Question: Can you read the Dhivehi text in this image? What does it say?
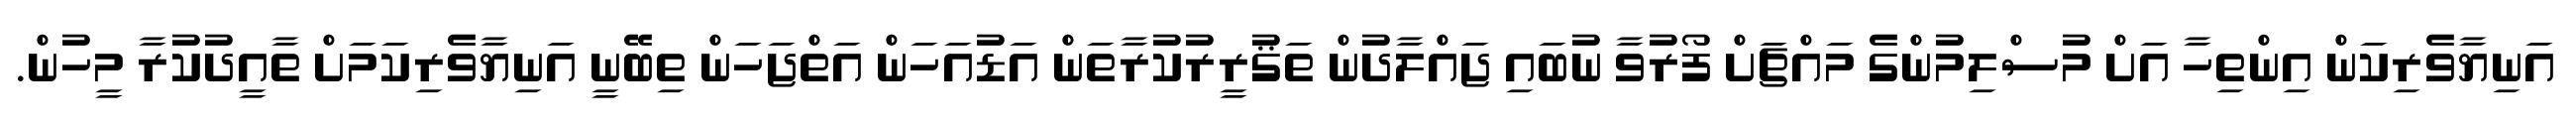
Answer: އަނިޔާވެރިކަން އިންތިހާ އަށް މުސްލިމުންގެ މައްޗަށް ފޯރުވާ ނުބައި ޖައްލާދުން ތަޤުރީރުކުރާތަން އަޑުއަހަން އަތްޖަހަން ތިބޭނީ އަނިޔާވެރިކަމަށް ތާއީދުކުރާ މީހުން.